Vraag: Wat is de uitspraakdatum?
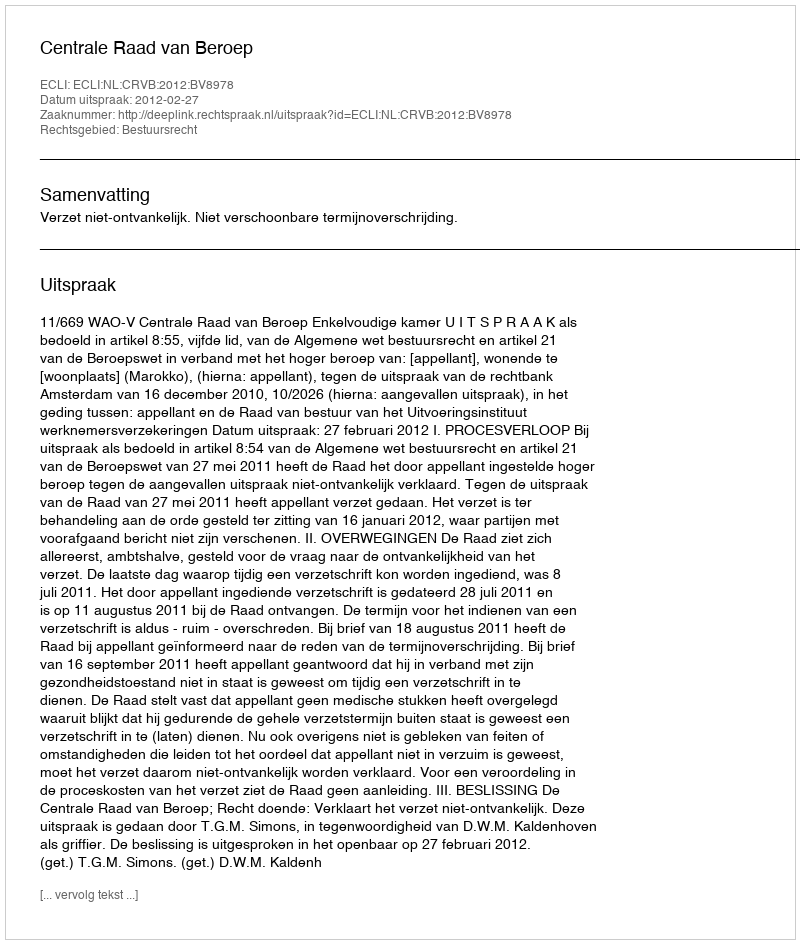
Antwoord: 2012-02-27